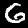
Digit: 6